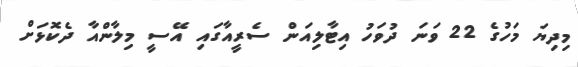
މިދިޔަ މަހުގެ 22 ވަނަ ދުވަހު އިޓާލިއަން ސެރީއާގައި އޭސީ މިލާންއާ ދެކޮޅަށް